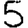
Digit: 5